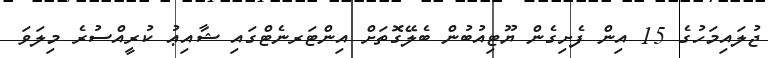
ޖުލައިމަހުގެ 15 އިން ފެށިގެން ޔޫޓިއުބުން ބެލޭގޮތަށް އިންޓަރނެޓްގައި ޝާއިޢު ކުރީއްސުރެ މިލަވަ